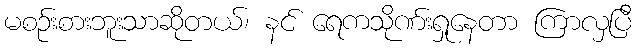
မစဉ်းစားဘူးသာဆိုတယ်၊ နင် ရေကသိုဏ်းရှုနေတာ ကြာလှပြီ